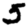
Digit: 5